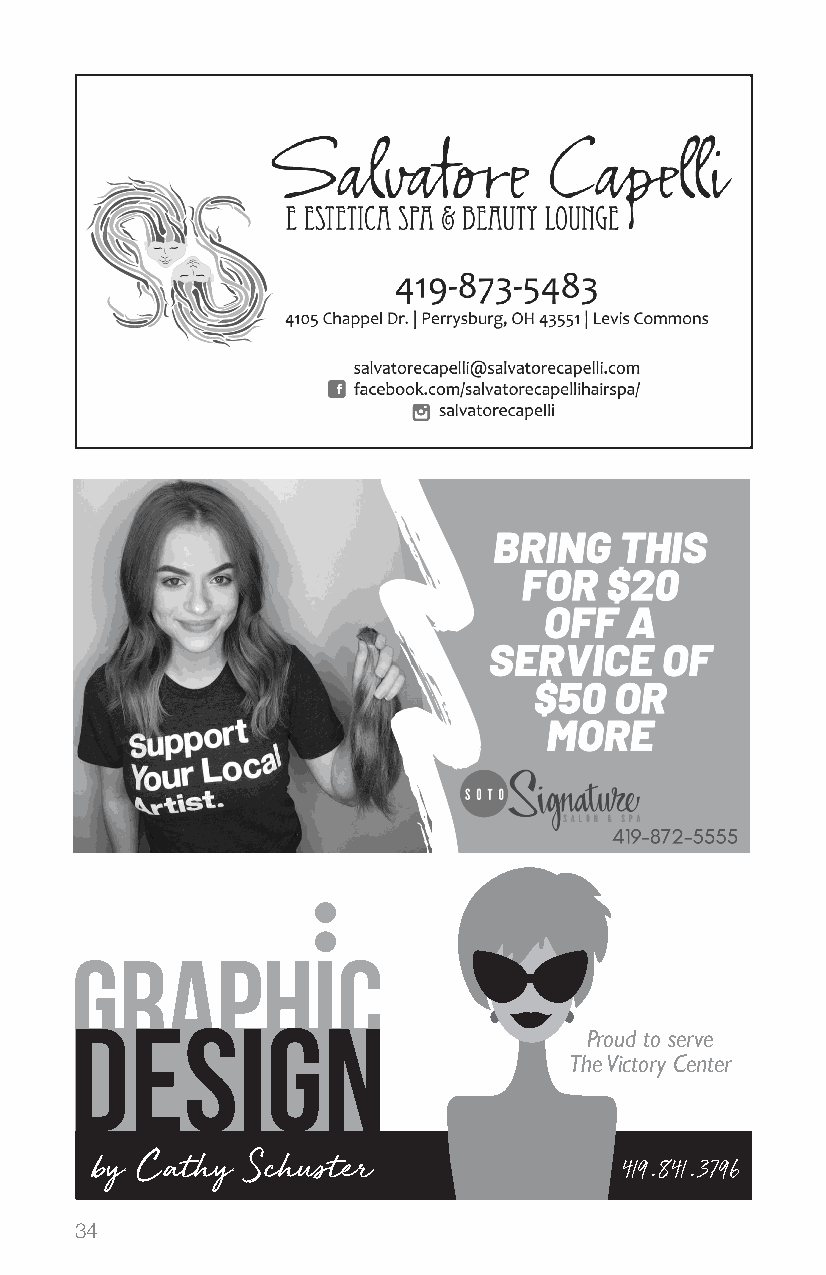
GRAPHIC
 DESIGN
 Proud to serve
 The Victory Center
 by Cathy  Schuster                 419.841.3796
 34